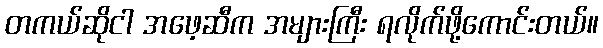
တကယ်ဆိုငါ အဖေ့ဆီက အများကြီး ရလိုက်ဖို့ကောင်းတယ်။